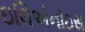
ઇલિએનોઇસ